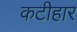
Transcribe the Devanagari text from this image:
कटीहार